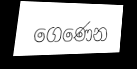
ගෙණෙන